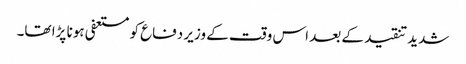
شدید تنقید کے بعد اس وقت کے وزیر دفاع کو مستعفی ہونا پڑا تھا۔